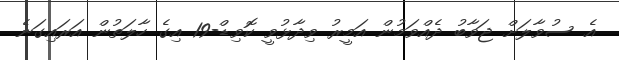
އެ ސުވާލަށް ޖަވާބު ދެއްވަމުން އަމީރު ވިދާޅުވީ ކޮވިޑް-19 އިގެ ހާލަތުން އަރައިގަނެ